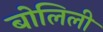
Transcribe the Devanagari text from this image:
बोलिली